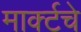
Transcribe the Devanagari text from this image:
मार्क्टचे